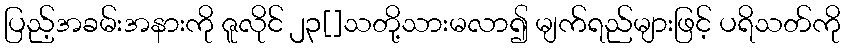
ပြည့်အခမ်းအနားကို ဇူလိုင် ၂၃[]သတို့သားမလာ၍ မျက်ရည်များဖြင့် ပရိသတ်ကို